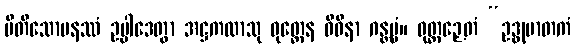
ပီတိသောမနဿံ ဥပ္ပါဒေတွာ အဋ္ဌကထာသု ဝုတ္တေန ဝိဓိနာ ဂန္တဗ္ဗံ။ ဝုတ္တဉှေတံ “ဥဒ္ဓုမာတကံ